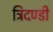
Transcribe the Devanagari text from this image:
त्रिदण्डी